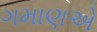
ગમાણએ